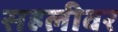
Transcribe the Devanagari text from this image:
सहलीवर